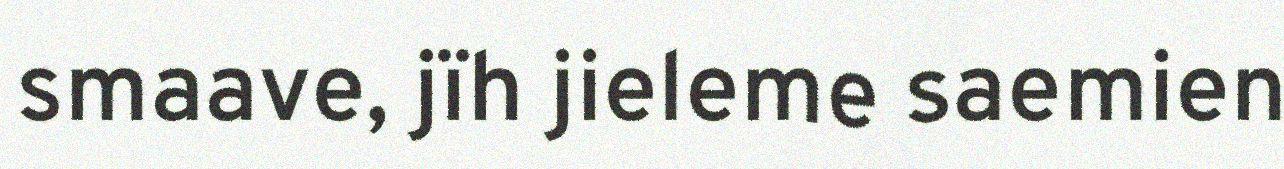
smaave, jïh jieleme saemien